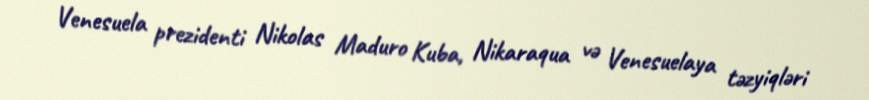
Venesuela prezidenti Nikolas Maduro Kuba, Nikaraqua və Venesuelaya təzyiqləri